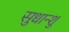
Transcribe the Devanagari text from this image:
सुधान्शु